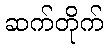
ဆက်တိုက်